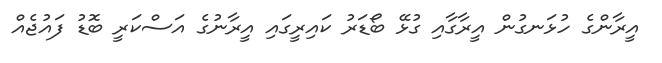
އީރާންގެ ހުޅަނގުން އީރާގާއި ގުޅޭ ބޯޑަރު ކައިރީގައި އީރާނުގެ އަސްކަރީ ބޮޑު ފައުޖެއް